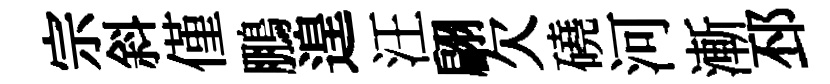
宗斜僅鵬遑汪翩欠磽河漸邳